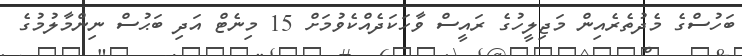
ބަހުސްގެ މެދުތެރެއިން މަޖިލީހުގެ ރައީސް ވާހަކަދެއްކެވުމަށް 15 މިނެޓް އަދި ބަޙުސް ނިންމާލުމުގެ